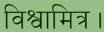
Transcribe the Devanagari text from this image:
विश्वामित्र।